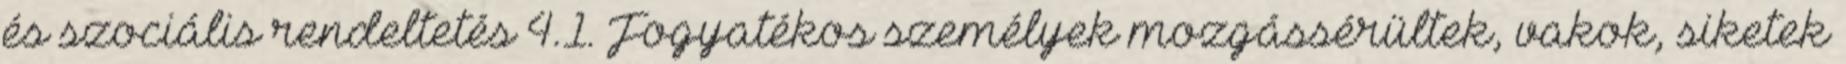
és szociális rendeltetés 4.1. Fogyatékos személyek mozgássérültek, vakok, siketek